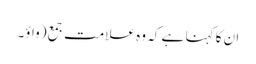
ان کا کہنا ہے کہ وہ علامت جمع (واؤ۔